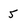
Character: 5